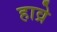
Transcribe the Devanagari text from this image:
हाव्रे